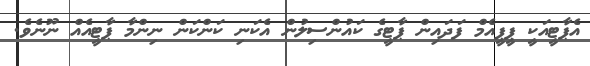
އެޕާޓީއަކީ ޕީޕީއެމް ފަދައިން ޕާޓީގެ ކައުންސިލުން އެކަނި ކަންކަން ނިންމާ ޕާޓީއެއް ނޫނެވެ.